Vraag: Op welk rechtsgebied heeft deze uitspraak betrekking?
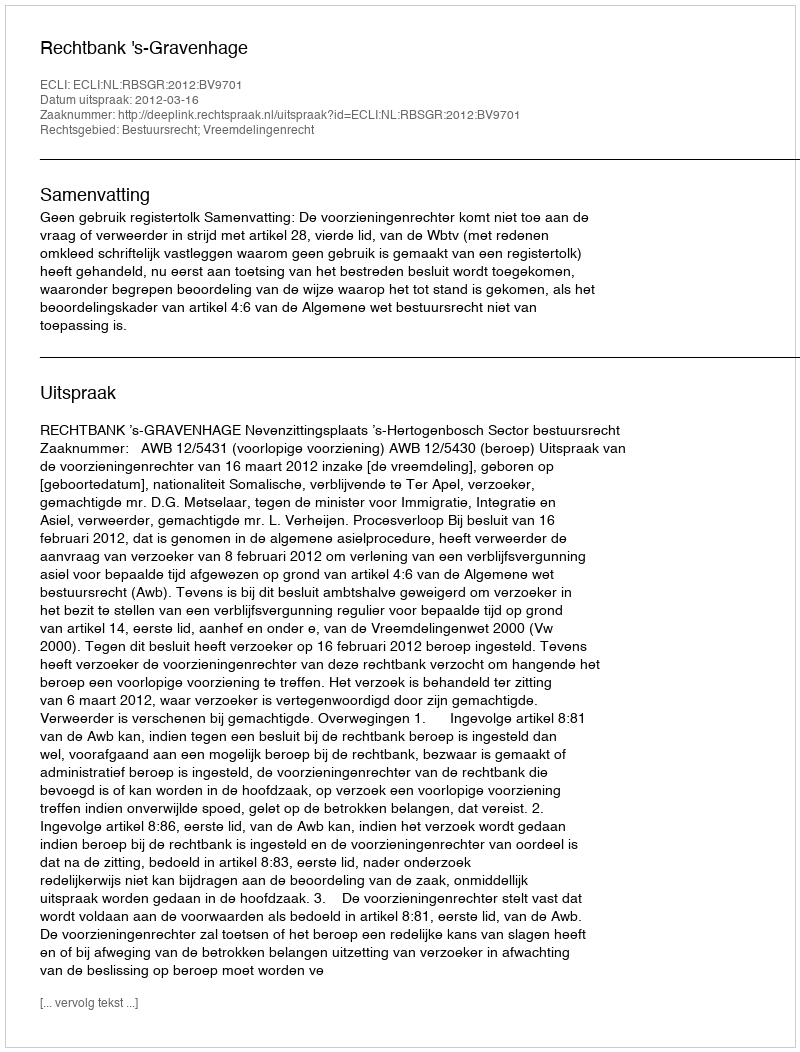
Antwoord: Bestuursrecht; Vreemdelingenrecht